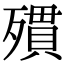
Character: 𣩔